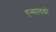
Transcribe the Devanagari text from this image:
एन्सालडो